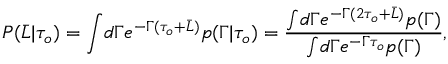
P ( \bar { L } \vert \tau _ { o } ) = \int \! d \Gamma e ^ { - \Gamma ( \tau _ { o } + \bar { L } ) } p ( \Gamma \vert \tau _ { o } ) = \frac { \int \! d \Gamma e ^ { - \Gamma ( 2 \tau _ { o } + \bar { L } ) } p ( \Gamma ) } { \int \! d \Gamma e ^ { - \Gamma \tau _ { o } } p ( \Gamma ) } ,